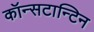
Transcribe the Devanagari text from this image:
कॉन्सटान्टिन